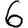
Digit: 6